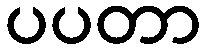
ပပတာ